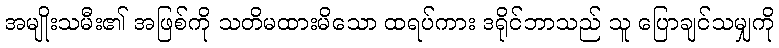
အမျိုးသမီး၏ အဖြစ်ကို သတိမထားမိသော ထရပ်ကား ဒရိုင်ဘာသည် သူ ပြောချင်သမျှကို